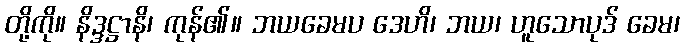
တို့ကို။ နိဒ္ဒဋ္ဌာနိ၊ ကုန်၏။ ဘယခေမပ ဒေဟိ၊ ဘယ၊ ဟူသောပုဒ် ခေမ၊